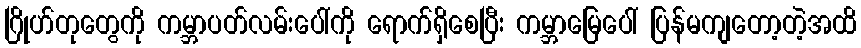
ဂြိုဟ်တုတွေကို ကမ္ဘာပတ်လမ်းပေါ်ကို ရောက်ရှိစေပြီး ကမ္ဘာမြေပေါ် ပြန်မကျတော့တဲ့အထိ